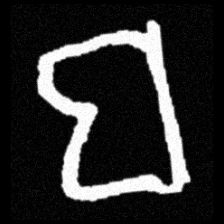
Pyu character \u2014 Myanmar letter: ဗ (romanized: ba)